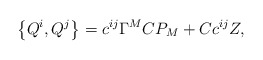
\begin{align*}\left\{ Q^{i},Q^{j}\right\} =c^{ij}\Gamma ^{M}CP_{M}+Cc^{ij}Z, \end{align*}